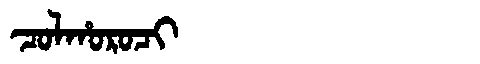
Manchu: ᠴᠣᠯᡥᠣᡵᠣᠴᡳ
Romanization: COLHOROCI